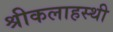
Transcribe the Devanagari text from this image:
श्रीकलाहस्थी